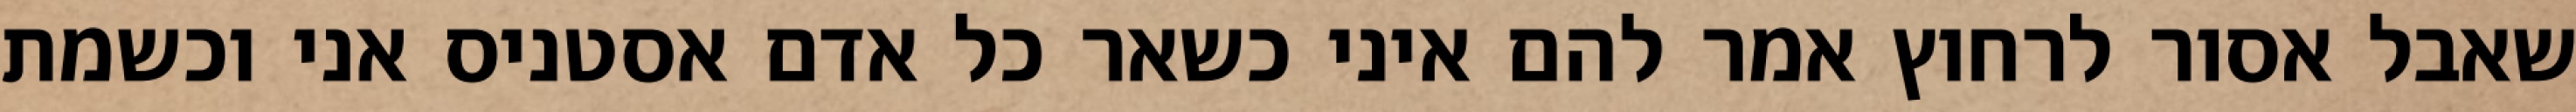
שאבל אסור לרחוץ אמר להם איני כשאר כל אדם אסטניס אני וכשמת